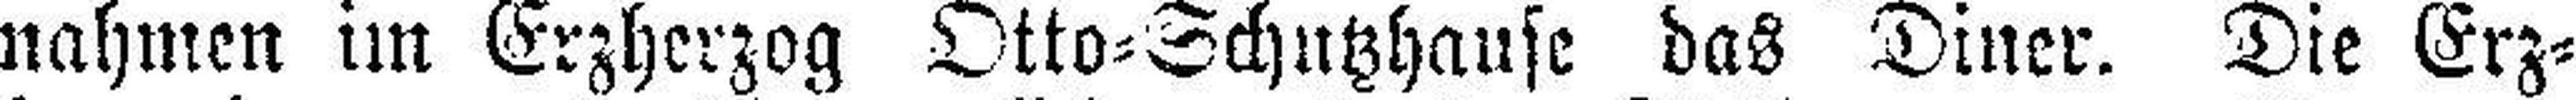
nahmen im Erzherzog Otto=Schutzhause das Diner. Die Erz¬